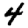
Digit: 4